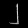
Digit: ၂